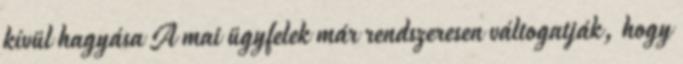
kívül hagyása A mai ügyfelek már rendszeresen váltogatják, hogy